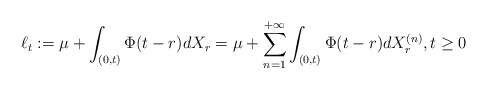
\begin{align*}\ell_t := \mu + \int_{(0,t)} \Phi(t-r) dX_r =\mu + \sum_{n=1}^{+\infty} \int_{(0,t)} \Phi(t-r) dX_r^{(n)}, t\geq 0\end{align*}